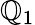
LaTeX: \mathbb{Q}_{1}